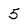
Character: 5